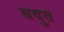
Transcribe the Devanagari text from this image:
बदुत